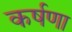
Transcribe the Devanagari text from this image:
कर्षणा